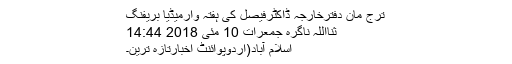
ترج مان دفترخارجہ ڈاکٹرفیصل کی ہفتہ وارمیڈیا بریفنگ
ثنااللہ ناگرہ جمعرات 10 مئی 2018 14:44
اسلام آباد(اُردوپوائنٹ اخبارتازہ ترین۔